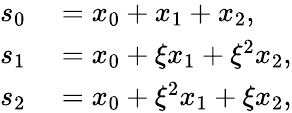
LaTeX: \begin{array}{rl}{s_{0}}&{{}=x_{0}+x_{1}+x_{2},}\\ {s_{1}}&{{}=x_{0}+\xi x_{1}+\xi^{2}x_{2},}\\ {s_{2}}&{{}=x_{0}+\xi^{2}x_{1}+\xi x_{2},}\end{array}